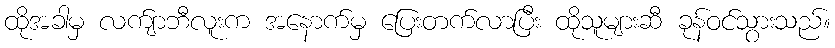
ထိုအခါမှ လက်ျာဘီလူးက အနောက်မှ ပြေးတက်လာပြီး ထိုသူများဆီ ခုန်ဝင်သွားသည်။